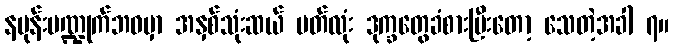
နပုန်းပဏ္ဍုက်ဘဝမှာ အနှစ်သုံးဆယ် ပတ်လုံး ဒုက္ခတွေခံစားပြီးတော့ သေတဲ့အခါ ၇။